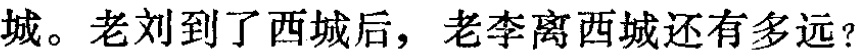
城。老刘到了西城后，老李离西城还有多远？